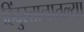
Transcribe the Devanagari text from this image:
हिंदुस्तानातल्या